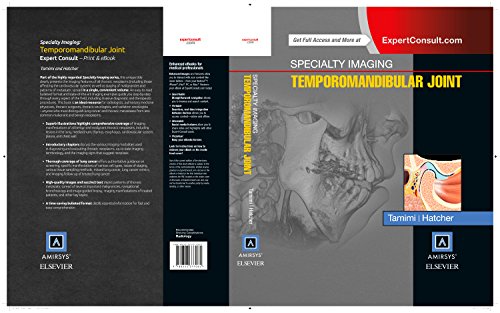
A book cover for Specialty Imaging: Temporomandibular Joint, 1e; Dania Faisal Tamimi BDS  DMSc; Medical Books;